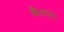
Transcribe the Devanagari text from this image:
कैथल।